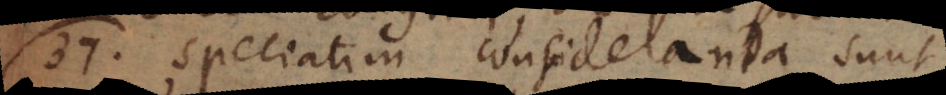
37) Speciatim consideranda sunt